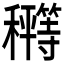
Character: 𰩂